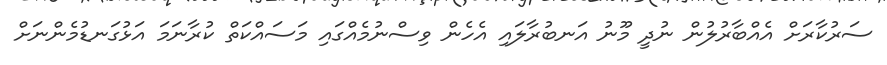
ސަރުކާރަށް އެއްބާރުލުން ނުދީ މޫނު އަނބުރާލައި އެހެން ވިސްނުމެއްގައި މަސައްކަތް ކުރާނަމަ އަޅުގަނޑުމެންނަށް